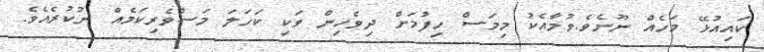
ކައިއުޅޭ މަހެއް ނޫނެވެ.ވުމާއެކު މިމަސް ހިފުމަށް ދިވެހިން ވަކި ކަހަލަ މަސްވެރިކަމެއް ނުކުރެއެވެ.